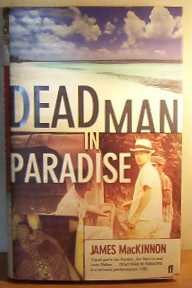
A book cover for Dead Man in Paradise; J. B. MacKinnon; Travel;